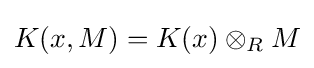
K(x,M)=K(x)\otimes _{R}M